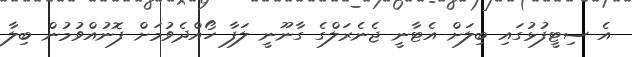
އެ ސިޓީފުޅުގައި ބިލަށް އެޓާނީ ޖެނެރަލްގެ ގާނޫނީ ލަފާ ހޯއްދެވުމަށް ފޮނުއްވުމުން ބިލާ